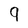
Character: g